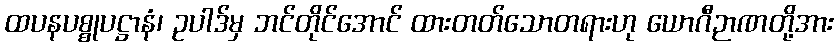
ထပနပစ္စုပဋ္ဌာနံ၊ ဥပါဒ်မှ ဘင်တိုင်အောင် ထားတတ်သောတရားဟု ယောဂီဉာဏတို့အား